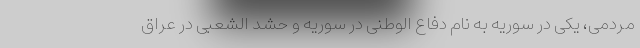
مردمی، یکی در سوریه به نام دفاع الوطنی در سوریه و حشد الشعبی در عراق